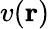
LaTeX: v(\mathbf{r})